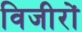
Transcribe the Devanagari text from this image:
विजीरों